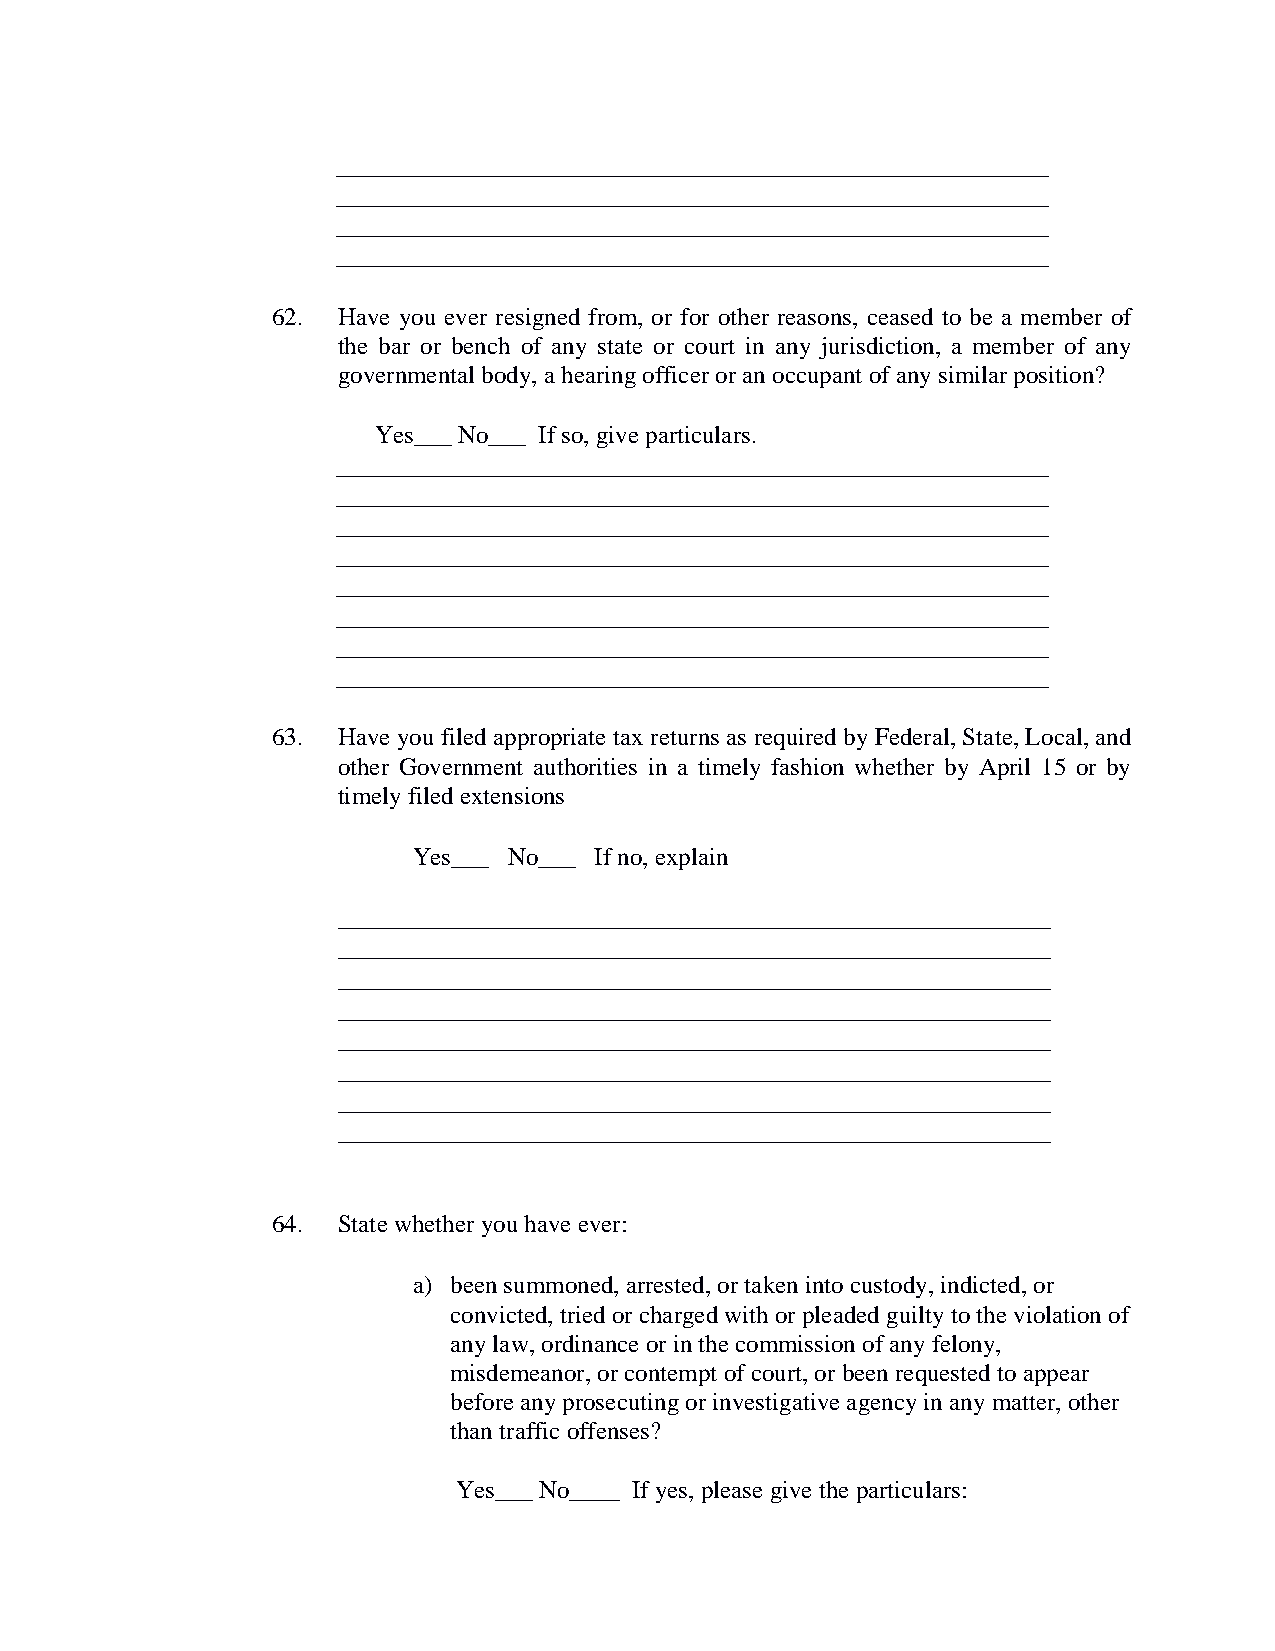
_________________________________________________________
 _________________________________________________________
 _________________________________________________________
 _________________________________________________________
 62. Have you ever resigned from, or for other reasons, ceased to be a member of
 the bar or bench of any state or court in any jurisdiction, a member of any
 governmental body, a hearing officer or an occupant of any similar position?
 Yes___ No___ If so, give particulars.
 _________________________________________________________
 _________________________________________________________
 _________________________________________________________
 _________________________________________________________
 _________________________________________________________
 _________________________________________________________
 _________________________________________________________
 _________________________________________________________
 63. Have you filed appropriate tax returns as required by Federal, State, Local, and
 other Government authorities in a timely fashion whether by April 15 or by
 timely filed extensions
 Yes___ No___ If no, explain
 _________________________________________________________
 _________________________________________________________
 _________________________________________________________
 _________________________________________________________
 _________________________________________________________
 _________________________________________________________
 _________________________________________________________
 _________________________________________________________
 64. State whether you have ever:
 a) been summoned, arrested, or taken into custody, indicted, or
 convicted, tried or charged with or pleaded guilty to the violation of
 any law, ordinance or in the commission of any felony,
 misdemeanor, or contempt of court, or been requested to appear
 before any prosecuting or investigative agency in any matter, other
 than traffic offenses?
 Yes___ No____ If yes, please give the particulars: